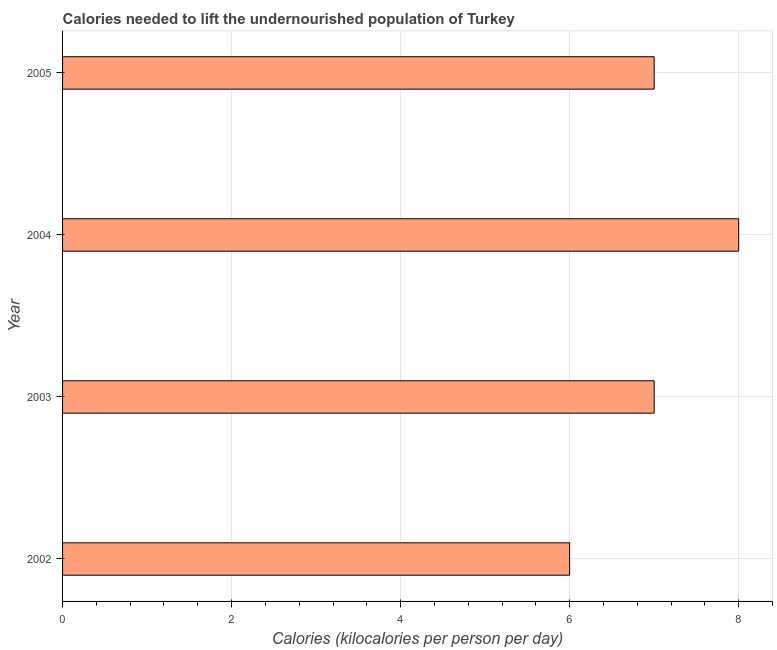
| Year | Depth of the food deficit |
 | --- | --- |
 | 2002 | 6 |
 | 2003 | 7 |
 | 2004 | 8 |
 | 2005 | 7 |